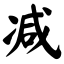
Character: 减